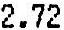
2.72